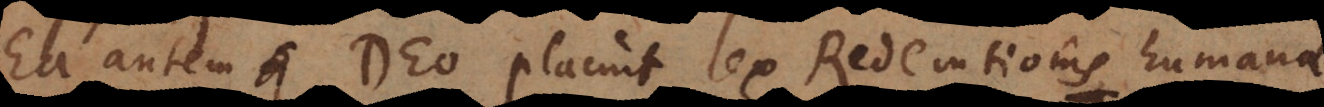
Ea autem Deo placuit lex Redemtionis humanae